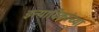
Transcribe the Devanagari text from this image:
इत्यादिकांच्या